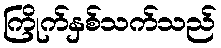
ကြိုက်နှစ်သက်သည်